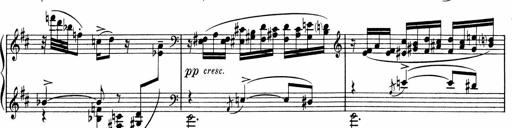
Title: Sonatine pour piano
Composer: Albert Roussel